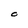
Character: O